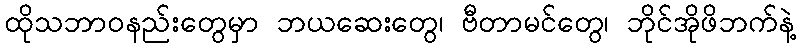
ထိုသဘာဝနည်းတွေမှာ ဘယဆေးတွေ၊ ဗီတာမင်တွေ၊ ဘိုင်အိုဖိဘက်နဲ့